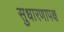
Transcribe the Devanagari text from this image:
सुधारणापक्ष